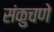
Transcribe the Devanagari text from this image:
संकुचणे